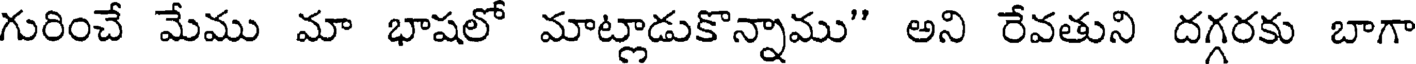
గురించే మేము మా భాషలో మాట్లాడుకొన్నాము" అని రేవతుని దగ్గరకు బాగా